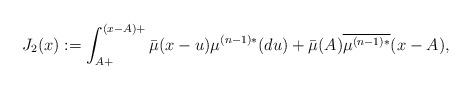
LaTeX: \begin{align*}J_2(x):= \int_{A+}^{(x-A)+}\bar\mu(x-u)\mu^{(n-1)*}(du) +\bar\mu(A)\overline{\mu^{(n-1)*}}(x-A),\end{align*}